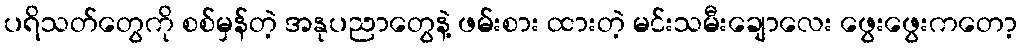
ပရိသတ်တွေကို စစ်မှန်တဲ့ အနုပညာတွေနဲ့ ဖမ်းစား ထားတဲ့ မင်းသမီးချောလေး ဖွေးဖွေးကတော့